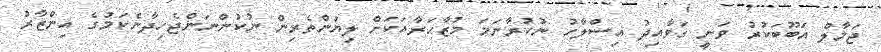
ޖަމާލް އަބޫބަކުރު ވަނީ ގަވާއިދު އިސްލާހު ނުކުރާނަމަ މުޒާހަރާއަކަށް ލިޔުންތެރިން ނުކުންނަންޖެހިދާނެކަމުގެ އިންޒާރު